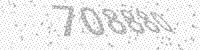
Solution: 708880